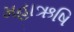
મહાઋષિ